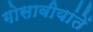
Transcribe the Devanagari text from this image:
गोसावीयांतें